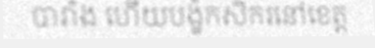
បារាំង ហើយបង្ខំកសិករនៅខេត្ត